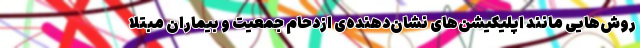
روش‌هایی مانند اپلیکیشن‌های نشان‌دهنده‌ی ازدحام جمعیت و بیماران مبتلا